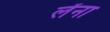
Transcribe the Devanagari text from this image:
लेंना